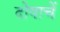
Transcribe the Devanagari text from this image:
दोषाचें